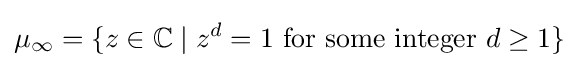
\mu _{\infty }=\lbrace z\in \mathbb {C} \mid z^{d}=1{\text{ for some integer }}d\geq 1\rbrace